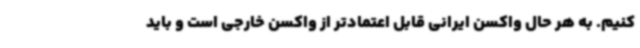
کنیم. به هر حال واکسن ایرانی قابل اعتمادتر از واکسن خارجی است و باید